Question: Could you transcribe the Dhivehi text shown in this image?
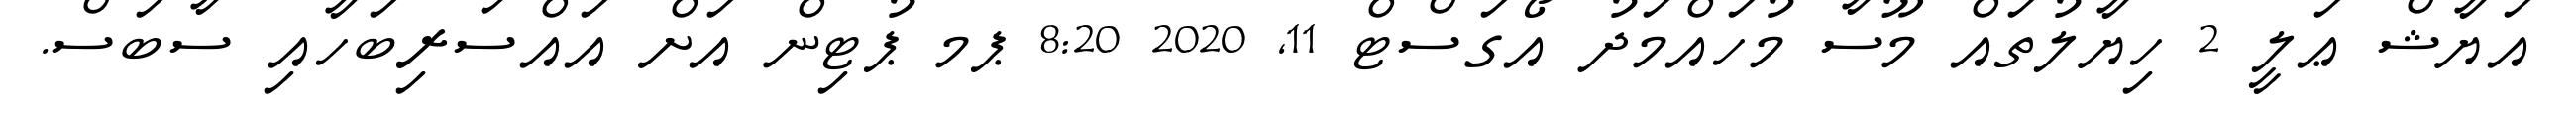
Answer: އަޔާޝް ޢަލީ 2 ހިޔާލުތައް މޫސާ މުހައްމަދު އޯގަސްޓް 11, 2020 8:20 ޕމ ޕުޓިން އަށް އައްސަރިބަހާއި ސާބަސް.